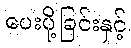
ပေးပို့ခြင်းနှင့်